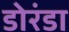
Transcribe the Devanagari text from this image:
डोरंडा